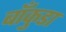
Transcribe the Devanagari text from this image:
बाँकुडा